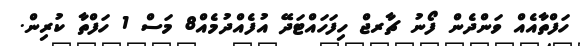
ހަފްތާއެއް ވަންދެން ފޯނު ޗާރޖް ހިފަހައްޓަދޭ އުފެއްދުމެއް8 މަސް 1 ހަފްތާ ކުރިން.